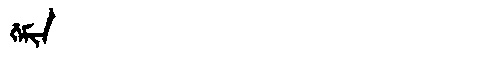
Manchu: ᡤᡝᠮᡳᠨ
Romanization: GEMIN